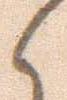
候